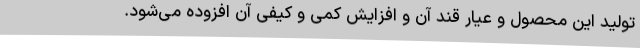
تولید این محصول و عیار قند آن و افزایش کمی و کیفی آن افزوده می‌شود.